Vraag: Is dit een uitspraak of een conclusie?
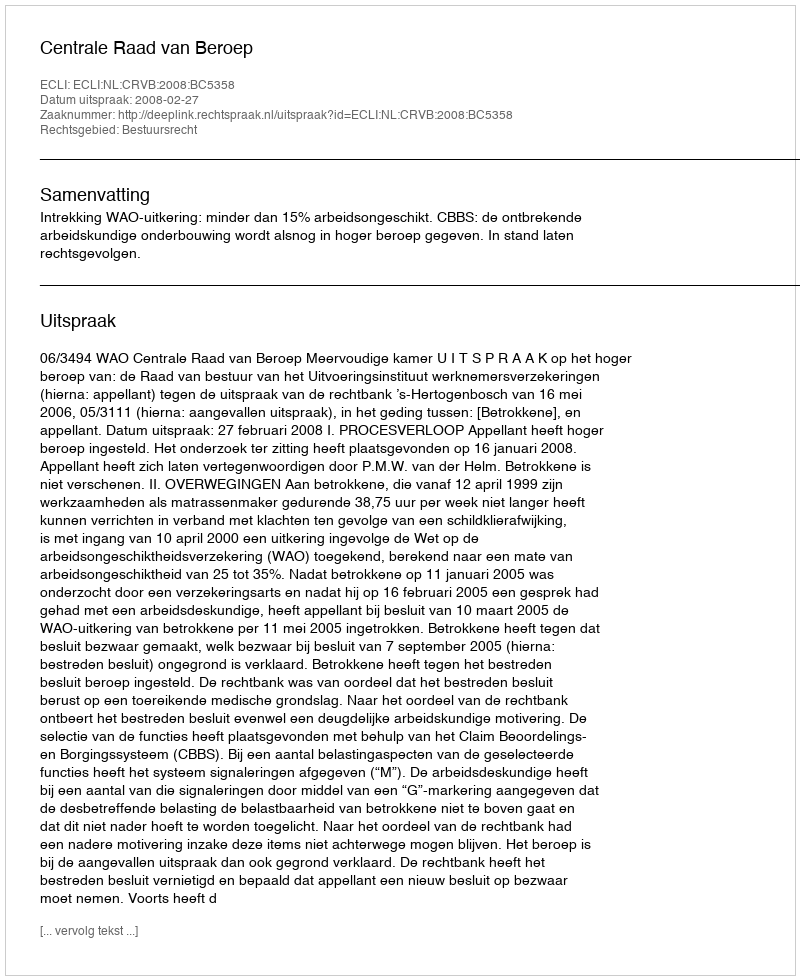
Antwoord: Uitspraak